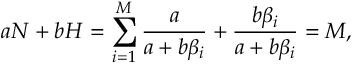
a N + b H = \sum _ { i = 1 } ^ { M } \frac { a } { a + b \beta _ { i } } + \frac { b \beta _ { i } } { a + b \beta _ { i } } = M ,